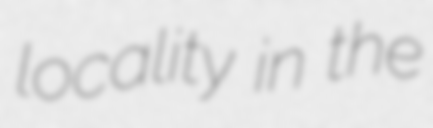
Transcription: locality in the